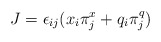
\begin{align*}J = \epsilon_{ij} (x_i \pi_j^x + q_i \pi^q_j )\end{align*}